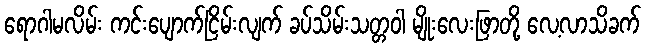
ရောဂါမလိမ်း ကင်းပျောက်ငြိမ်းလျက် ခပ်သိမ်းသတ္တဝါ မျိုးလေးဖြာတို့ လေ့လာသိခက်